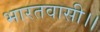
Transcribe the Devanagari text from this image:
भारतवासी।।